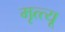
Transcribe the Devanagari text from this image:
मृत्त्यू